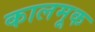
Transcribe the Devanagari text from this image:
कालमूक